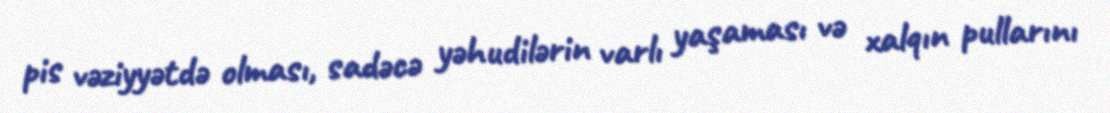
pis vəziyyətdə olması, sadəcə yəhudilərin varlı yaşaması və xalqın pullarını